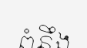
ពំនឹង